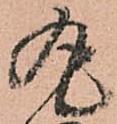
丸